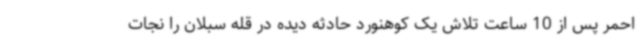
احمر پس از 10 ساعت تلاش یک کوهنورد حادثه دیده در قله سبلان را نجات